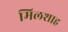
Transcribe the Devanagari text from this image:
मिलशाह